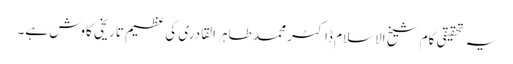
یہ تحقیقی کام شیخ الاسلام ڈاکٹر محمد طاہر القادری کی عظیم تاریخی کاوش ہے۔